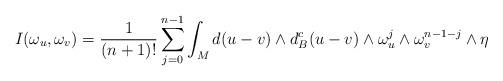
LaTeX: \begin{align*}I(\omega_u, \omega_v)=\frac{1}{(n+1)!}\sum_{j=0}^{n-1} \int_M d(u-v)\wedge d^c_B(u-v)\wedge \omega_u^j\wedge \omega_v^{n-1-j}\wedge \eta\end{align*}